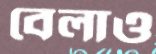
বেলাও